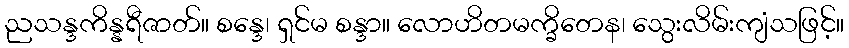
ညသန္ဒကိန္နရီဇာတ်။ စန္ဒေ၊ ရှင်မ စန္ဒာ။ လောဟိတမက္ခိတေန၊ သွေးလိမ်းကျံသဖြင့်။